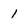
Character: 1